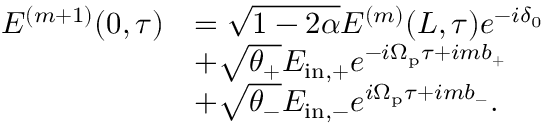
\begin{array} { r l } { E ^ { ( m + 1 ) } ( 0 , \tau ) } & { = \sqrt { 1 - 2 \alpha } E ^ { ( m ) } ( L , \tau ) e ^ { - i \delta _ { 0 } } } \\ & { + \sqrt { \theta _ { + } } E _ { \mathrm { i n , + } } e ^ { - i \Omega _ { \mathrm { p } } \tau + i m b _ { + } } } \\ & { + \sqrt { \theta _ { - } } E _ { \mathrm { i n , - } } e ^ { i \Omega _ { \mathrm { p } } \tau + i m b _ { - } } . } \end{array}